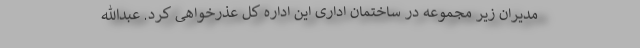
مدیران زیر مجموعه در ساختمان اداری این اداره کل عذرخواهی کرد. عبدالله